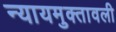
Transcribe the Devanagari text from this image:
न्यायमुक्तावली